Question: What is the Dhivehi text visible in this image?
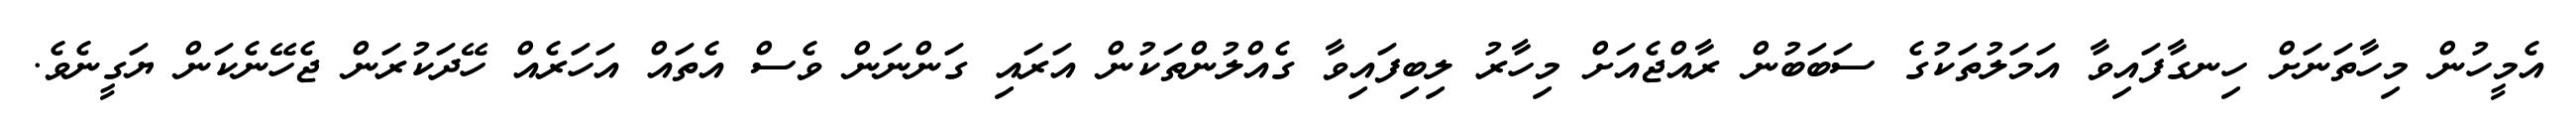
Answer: އެމީހުން މިހާތަނަށް ހިނގާފައިވާ އަމަލުތަކުގެ ސަބަބުން ރާއްޖެއަށް މިހާރު ލިބިފައިވާ ގެއްލުންތަކުން އަރައި ގަންނަން ވެސް އެތައް އަހަރެއް ހޭދަކުރަން ޖެހޭނެކަން ޔަގީނެވެ.